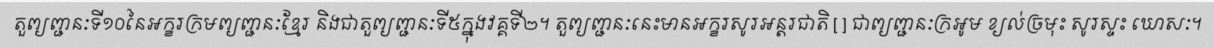
តួព្យញ្ជនៈទី១០នៃអក្ខរក្រមព្យញ្ជនៈខ្មែរ និងជាតួព្យញ្ជនៈទី៥ក្នុងវគ្គទី២។ តួព្យញ្ជនៈនេះមានអក្ខរសូរអន្តរជាតិ [ ] ជាព្យញ្ជនៈក្រអូម ខ្យល់ច្រមុះ សូរស្ទះ ឃោសៈ។